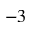
^ { - 3 }